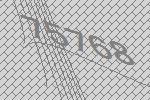
75768